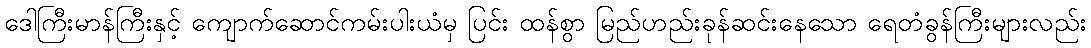
ဒေါကြီးမာန်ကြီးနှင့် ကျောက်ဆောင်ကမ်းပါးယံမှ ပြင်း ထန်စွာ မြည်ဟည်းခုန်ဆင်းနေသော ရေတံခွန်ကြီးများလည်း